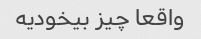
واقعا چیز بیخودیه